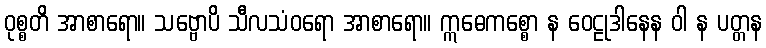
ဝုစ္စတိ အာစာရော။ သဗ္ဗောပိ သီလသံဝရော အာစာရော။ ဣဓေကစ္စော န ဝေဠုဒါနေန ဝါ န ပတ္တန